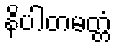
နိပါတမတ္တံ